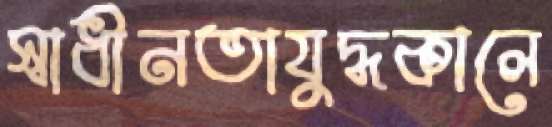
স্বাধীনতাযুদ্ধকালে